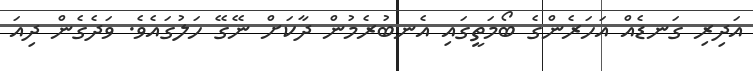
އަދިރި ގަނޑެއް އަހަރެންގެ ބޯމަތީގައި އެނބުރެމުން ދާކަށް ނޭގޭ ހަލުގައެވެ. ވަދެގެން ދިއަ